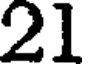
21